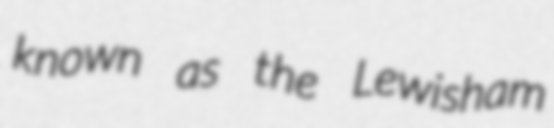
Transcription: known as the Lewisham